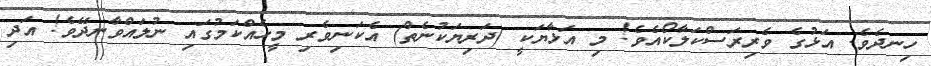
ހިނދެވެ. އަޅުގެ ވެރިރަސްކަލާކޯއެވެ! މި އަޅާޔަކީ (ދަރިޔަކުނެތް) އެކަނިވެރި މީހެއްކަމުގައި ނުލައްވާނދޭވެ! އަދި